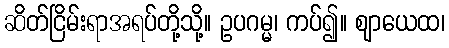
ဆိတ်ငြိမ်းရာအရပ်တို့သို့။ ဥပဂမ္မ၊ ကပ်၍။ ဈာယေထ၊